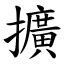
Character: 擴